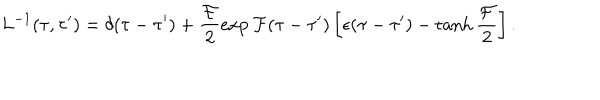
LaTeX: L ^ { - 1 } ( \tau , \tau ^ { \prime } ) = \delta ( \tau - \tau ^ { \prime } ) + \frac { { \cal F } } { 2 } \exp { \cal F } ( \tau - \tau ^ { \prime } ) \left[ \epsilon ( \tau - \tau ^ { \prime } ) - \tanh \frac { \cal F } { 2 } \right] .